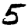
Digit: 5